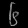
Digit: ၆